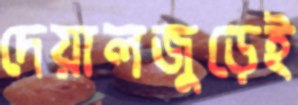
দেয়ালজুড়েই